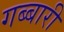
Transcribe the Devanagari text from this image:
गब्बारी